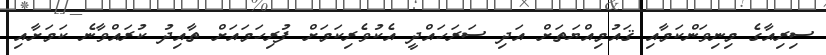
ސިރިއާގެ މިނިވަންކަމާއި ޤައުމިއްޔަތަށް އަދި ސަރަހައްދީ އެކުވެރިކަމަށް ފުރިހަމައަށް ތާއިދު ކުރައްވާނެ ކަމަށާއި